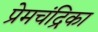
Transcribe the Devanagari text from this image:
प्रेमचंद्रिका